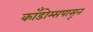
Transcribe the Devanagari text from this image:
काँडोम्सपासून